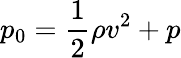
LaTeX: p_{0}={\frac{1}{2}}\rho v^{2}+p